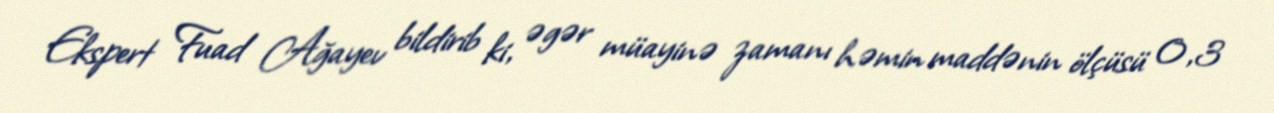
Ekspert Fuad Ağayev bildirib ki, əgər müayinə zamanı həmin maddənin ölçüsü 0,3